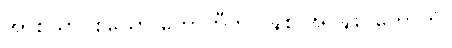
အာစယာပစယော ဟောတီတိ ဝဍ္ဎစ အဝဍ္ဎိစ ဟောတိ။